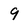
Character: 9